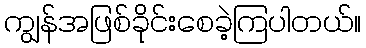
ကျွန်အဖြစ်ခိုင်းစေခဲ့ကြပါတယ်။